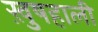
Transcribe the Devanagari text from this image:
ख़ुषहाली